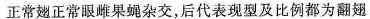
正常翅正常眼雌果蝇杂交，后代表现型及比例都为翻翅